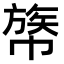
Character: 𢄧